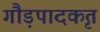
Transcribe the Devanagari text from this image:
गौड़पादकृत